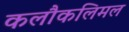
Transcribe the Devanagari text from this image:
कलौकलिमल